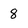
Character: 8